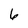
Character: 6